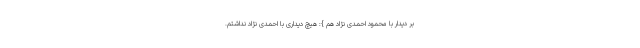
بر دیدار با محمود احمدی نژاد هم }: هیچ دیداری با احمدی نژاد نداشتم.